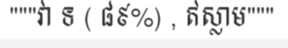
"""វា ទ ( ៨៩%) , ឥស្លាម"""